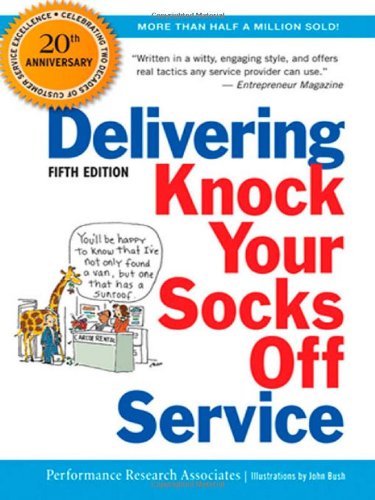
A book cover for Delivering Knock Your Socks Off Service (Knock Your Socks Off Series); Performance Research Associates; Business & Money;